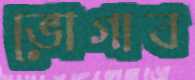
ভোগাব